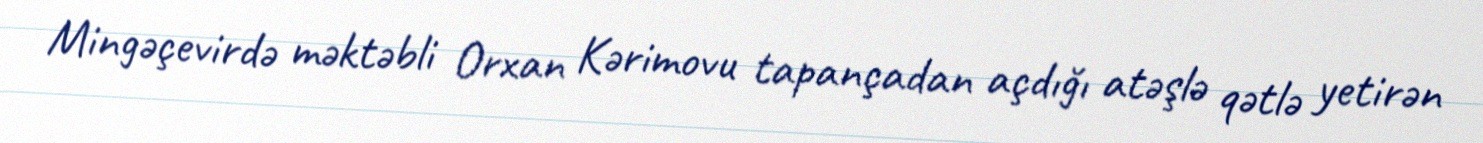
Mingəçevirdə məktəbli Orxan Kərimovu tapançadan açdığı atəşlə qətlə yetirən